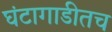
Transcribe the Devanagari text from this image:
घंटागाडीतच